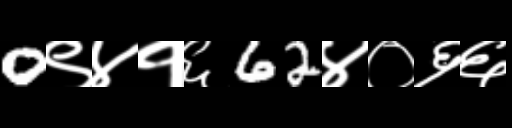
Text: 0९४१६62४०६६